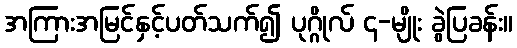
အကြားအမြင်နှင့်ပတ်သက်၍ ပုဂ္ဂိုလ် ၄-မျိုး ခွဲပြခန်း။